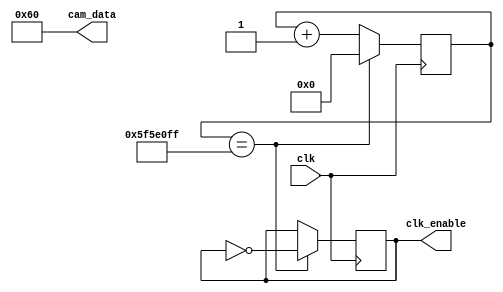
module clk_enable(input clk,
output reg clk_enable=0, 
output reg [7:0]cam_data=8'b01100000); //divisor de frecuencias
	 
  parameter maxCount = 99999999; //reloj de entrada de 100MHz
  
  // (entrada/deseada)-1 (as es como funciona)
  
  parameter N = 27; // depende de la cantidad de bits que requiera maxCount
  
	 reg [N-1:0]cnt = 0;
	 
	 always @(posedge clk)
	 
		begin
		   if(cnt == maxCount) 
			begin
				cnt <= 0;
              clk_enable=~clk_enable;
			end
			else
			begin
				cnt <= cnt + 1'b1;
			end			
		end		
endmodule